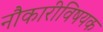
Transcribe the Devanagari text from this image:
नौकारीविषयक